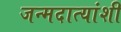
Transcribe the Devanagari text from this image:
जन्मदात्यांशी